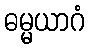
ဓမ္မယာဂံ